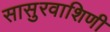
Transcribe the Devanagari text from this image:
सासुरवाशिणी